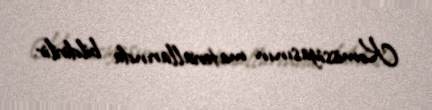
Komissiyasının materiallarında bildirilir.